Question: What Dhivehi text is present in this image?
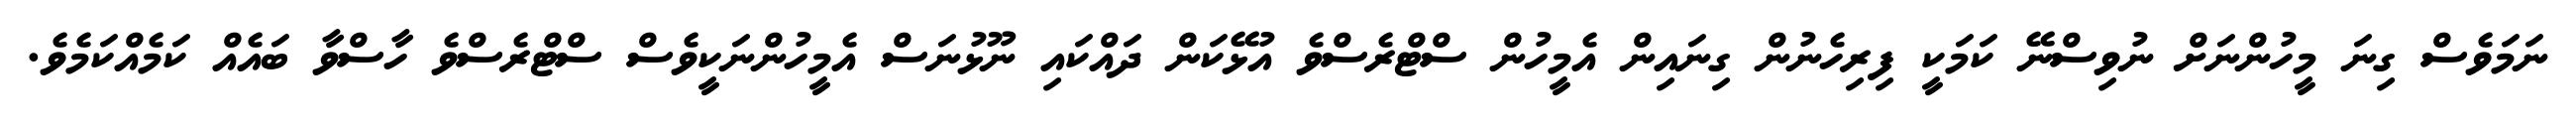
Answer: ނަމަވެސް ގިނަ މީހުންނަށް ނުވިސްނޭ ކަމަކީ ފިރިހެނުން ގިނައިން އެމީހުން ސްޓްރެސްވެ އުޅޭކަން ދައްކައި ނޫޅުނަސް އެމީހުންނަކީވެސް ސްޓްރެސްވެ ހާސްވާ ބައެއް ކަމެއްކަމެވެ.